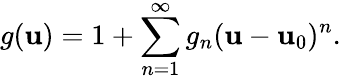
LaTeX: g(\mathbf{u})=1+\sum_{n=1}^{\infty}g_{n}(\mathbf{u}-\mathbf{u}_{0})^{n}.